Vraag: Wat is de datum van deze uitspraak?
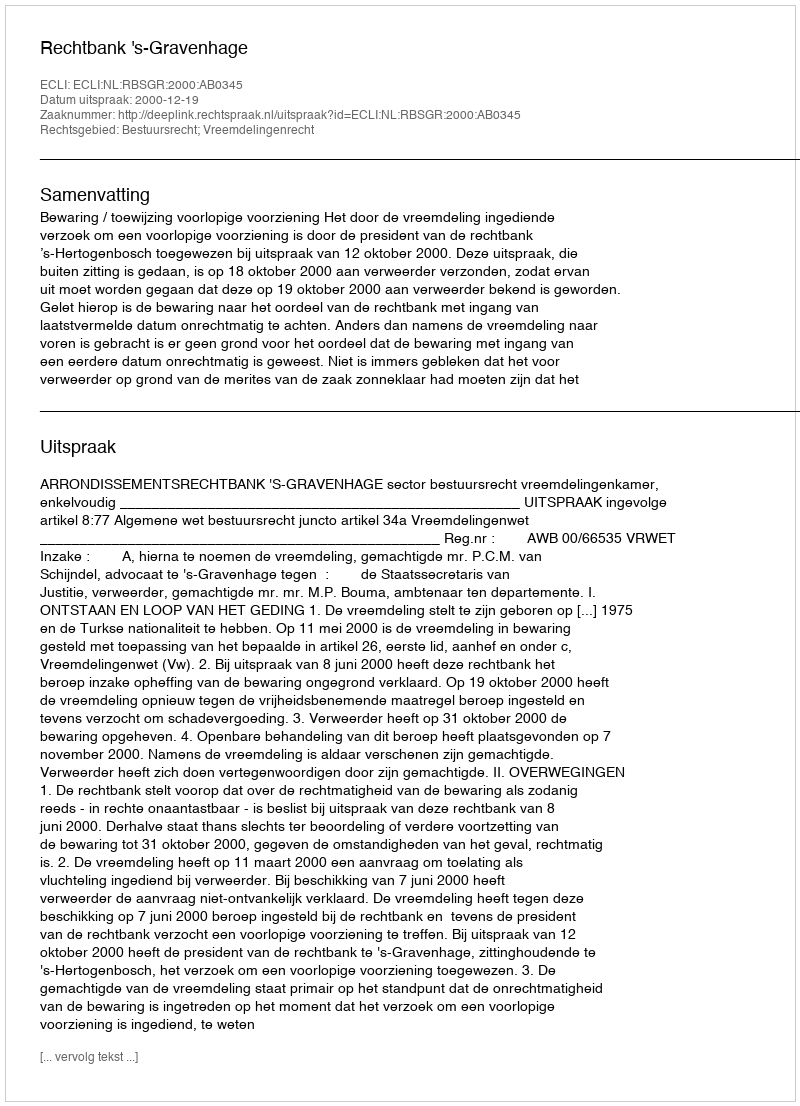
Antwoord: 2000-12-19